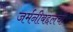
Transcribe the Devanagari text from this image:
जर्मनीबद्दलची